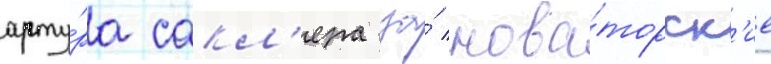
арту́ра сакл'ера за́ нова́торск'ие